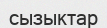
сызыктар